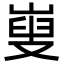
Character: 㟬